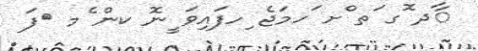
ާދ ޮގ ަތ ްށ ަހމަޖެ ިހފައިވަ ީނޮ ކން ެމ 	ފަ